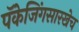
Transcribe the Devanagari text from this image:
पॅकेजिंगसारखेच